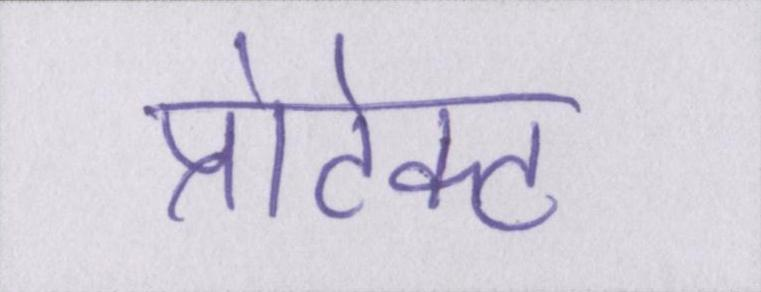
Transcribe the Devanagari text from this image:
प्रोटेक्ट